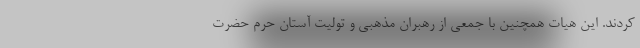
کردند. این هیات همچنین با جمعی از رهبران مذهبی و تولیت آستان حرم حضرت